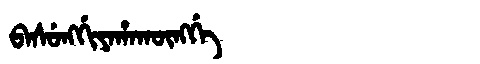
Manchu: ᠪᠠᠰᡠᠩᡤᡳᠶᠠᡥᠠᡴᡡᠩᡤᡝ
Romanization: BASUNGGIYAHAKŪNGGE